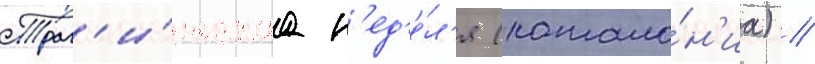
Траг'и́ческаа н'ед'е́л'я (катало́н'иа) //